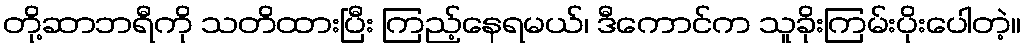
တို့ဆာဘရီကို သတိထားပြီး ကြည့်နေရမယ်၊ ဒီကောင်က သူခိုးကြမ်းပိုးပေါတဲ့။